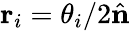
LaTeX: \mathbf{r}_{i}=\theta_{i}/2\hat{\mathbf{n}}